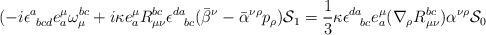
LaTeX: \begin{align*}(-i\epsilon^a_{~bcd}e^\mu_a\omega_\mu^{bc}+i\kappa e^\mu_a R^{bc}_{\mu\nu}\epsilon^{da}_{~~bc}(\bar{\beta}^\nu-\bar{\alpha}^{\nu\rho}p_\rho){\cal S}_1= \frac{1}{3}\kappa\epsilon^{da}_{~~bc}e^\mu_a(\nabla_\rho R_{\mu\nu}^{bc})\alpha^{\nu\rho}{\cal S}_0\end{align*}